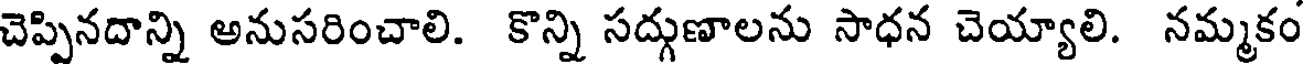
చెప్పినదాన్ని అనుసరించాలి. కొన్ని సద్గుణాలను సాధన చెయ్యాలి. నమ్మకం